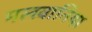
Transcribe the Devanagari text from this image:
मलवानिया